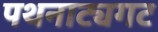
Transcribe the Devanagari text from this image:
पथनाट्यगट